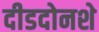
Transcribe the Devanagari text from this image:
दीडदोनशे